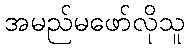
အမည်မဖော်လိုသူ